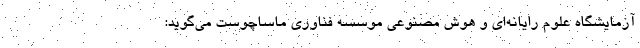
آزمایشگاه علوم رایانه‌ای و هوش مصنوعی موسسه فناوری ماساچوست می‌گوید: